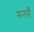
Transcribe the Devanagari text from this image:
मनमेँ